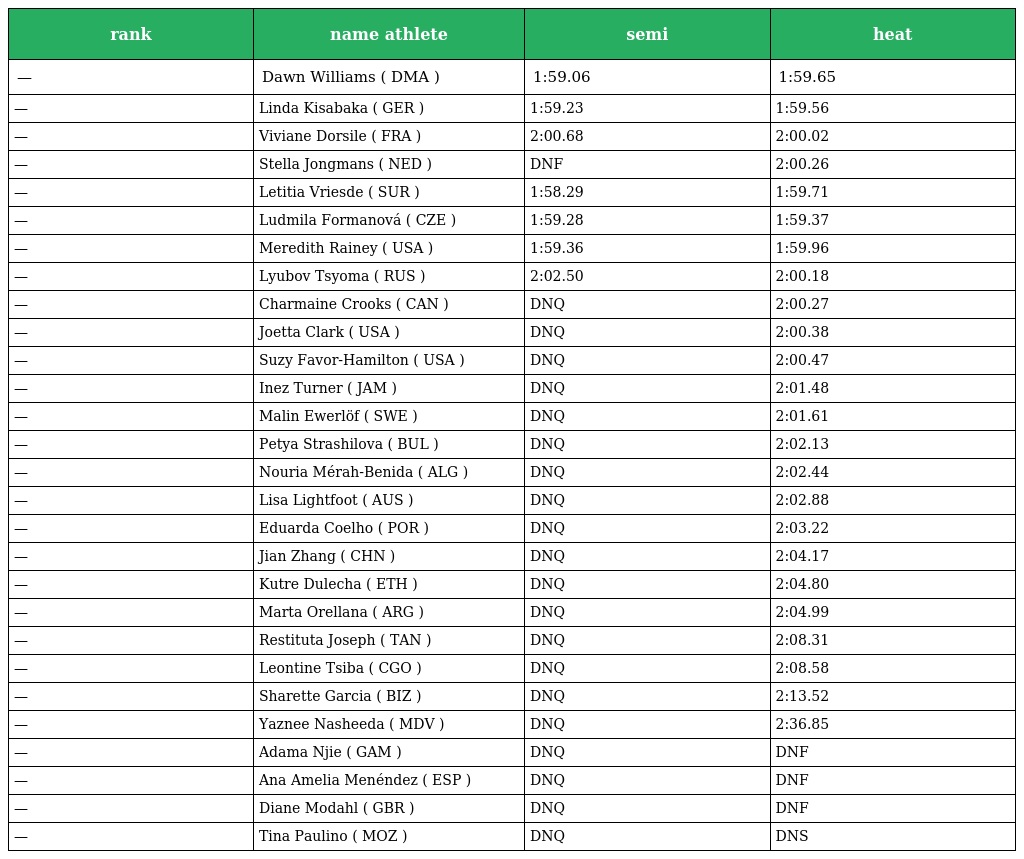
| rank | name athlete | semi | heat |
 | --- | --- | --- | --- |
 | — | Dawn Williams ( DMA ) | 1:59.06 | 1:59.65 |
 | — | Linda Kisabaka ( GER ) | 1:59.23 | 1:59.56 |
 | — | Viviane Dorsile ( FRA ) | 2:00.68 | 2:00.02 |
 | — | Stella Jongmans ( NED ) | DNF | 2:00.26 |
 | — | Letitia Vriesde ( SUR ) | 1:58.29 | 1:59.71 |
 | — | Ludmila Formanová ( CZE ) | 1:59.28 | 1:59.37 |
 | — | Meredith Rainey ( USA ) | 1:59.36 | 1:59.96 |
 | — | Lyubov Tsyoma ( RUS ) | 2:02.50 | 2:00.18 |
 | — | Charmaine Crooks ( CAN ) | DNQ | 2:00.27 |
 | — | Joetta Clark ( USA ) | DNQ | 2:00.38 |
 | — | Suzy Favor-Hamilton ( USA ) | DNQ | 2:00.47 |
 | — | Inez Turner ( JAM ) | DNQ | 2:01.48 |
 | — | Malin Ewerlöf ( SWE ) | DNQ | 2:01.61 |
 | — | Petya Strashilova ( BUL ) | DNQ | 2:02.13 |
 | — | Nouria Mérah-Benida ( ALG ) | DNQ | 2:02.44 |
 | — | Lisa Lightfoot ( AUS ) | DNQ | 2:02.88 |
 | — | Eduarda Coelho ( POR ) | DNQ | 2:03.22 |
 | — | Jian Zhang ( CHN ) | DNQ | 2:04.17 |
 | — | Kutre Dulecha ( ETH ) | DNQ | 2:04.80 |
 | — | Marta Orellana ( ARG ) | DNQ | 2:04.99 |
 | — | Restituta Joseph ( TAN ) | DNQ | 2:08.31 |
 | — | Leontine Tsiba ( CGO ) | DNQ | 2:08.58 |
 | — | Sharette Garcia ( BIZ ) | DNQ | 2:13.52 |
 | — | Yaznee Nasheeda ( MDV ) | DNQ | 2:36.85 |
 | — | Adama Njie ( GAM ) | DNQ | DNF |
 | — | Ana Amelia Menéndez ( ESP ) | DNQ | DNF |
 | — | Diane Modahl ( GBR ) | DNQ | DNF |
 | — | Tina Paulino ( MOZ ) | DNQ | DNS |